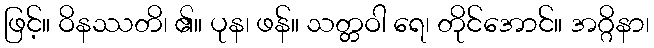
ဖြင့်။ ဝိနဿတိ၊ ၏။ ပုန၊ ဖန်။ သတ္တဝါ ရေ၊ တိုင်အောင်။ အဂ္ဂိနာ၊